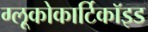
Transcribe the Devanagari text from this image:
ग्लूकोकार्टिकॉइड